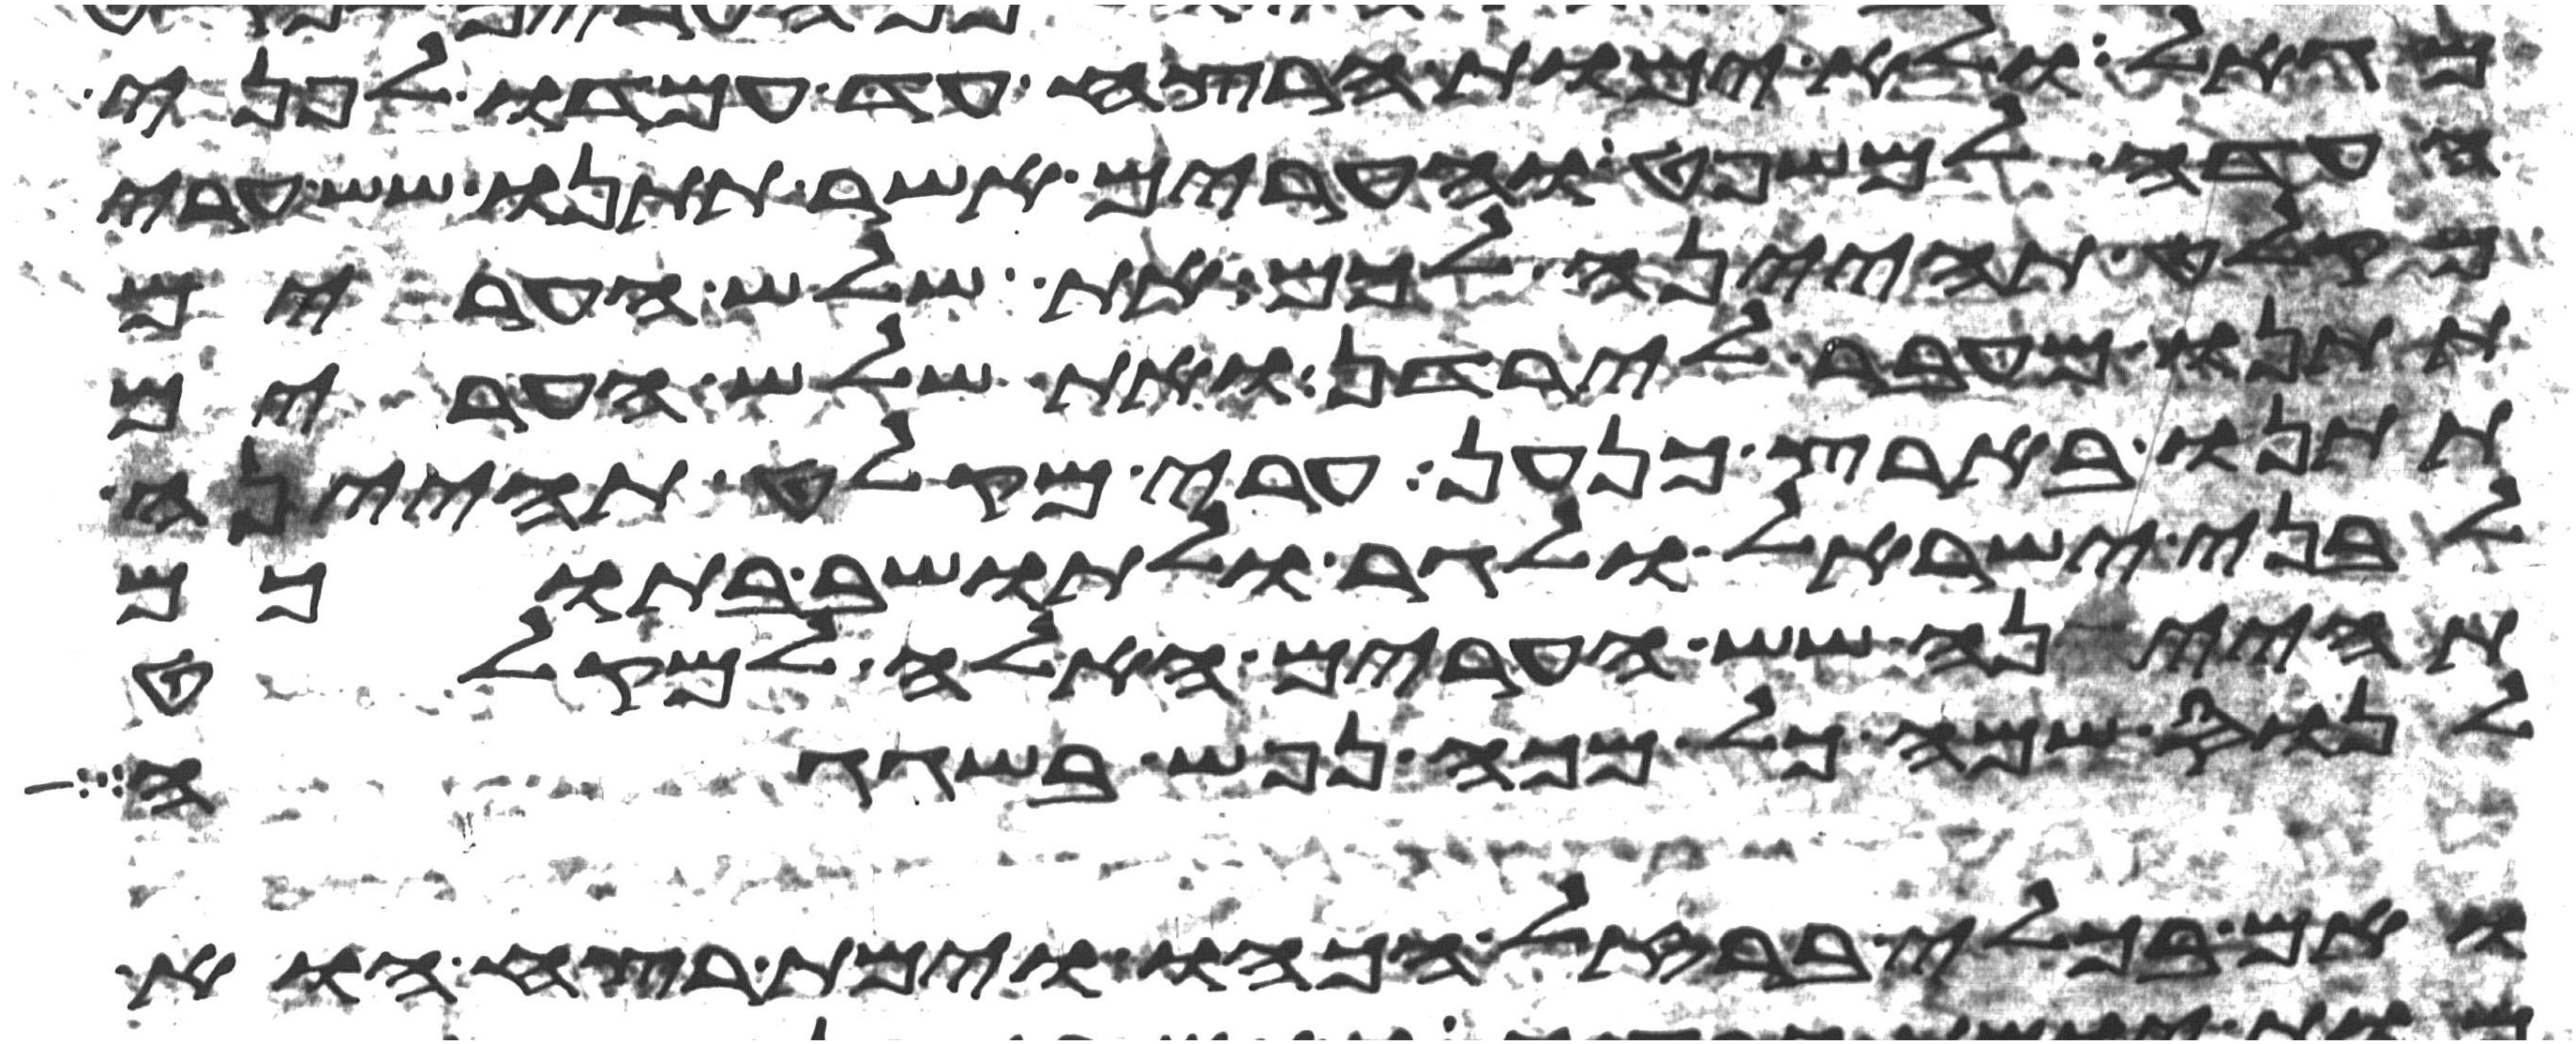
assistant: מגאל ולא יומת הרצח עד עמדו לפני
העדה למשפט והערים אשר תתנו שש ערי
מקלט תהינה לכם את שלש הערים
תתנו מעבר לירדן ואת שלש הערים
תתנו בארץ כנען ערי מקלט תהינה
לבני ישראל ולגר ולתושב בתוכם
תהיינה שש הערים האלה למקלט
לנוס שמה כל מכה נפש בשגגה
ואם בכלי ברזל הכהו וימת רצח הוא